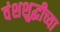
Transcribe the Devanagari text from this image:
वंशशुद्धीच्या